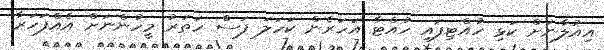
އިއުލާނަށް ކަޅި ހުއްޓިފައި ހުއްޓާ އަހަރެން ކަހަލަ ފަސް ހަތަރު މީހުންނަށް އެއްފަހަރާ